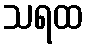
သရထ